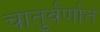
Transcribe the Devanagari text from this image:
चातुर्वर्णात